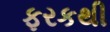
ફરકથી